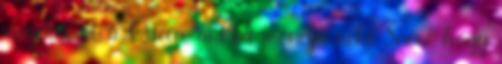
megölni őt a Queen, akkor mondja neki Snow, hogy